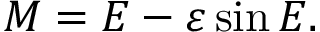
M = E - \varepsilon \sin E .